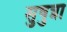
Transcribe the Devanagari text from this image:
सुषुन्ना